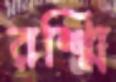
রশ্মি